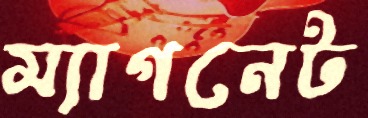
ম্যাগনেট